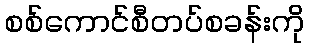
စစ်ကောင်စီတပ်စခန်းကို